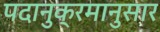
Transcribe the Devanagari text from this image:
पदानुक्रमानुसार